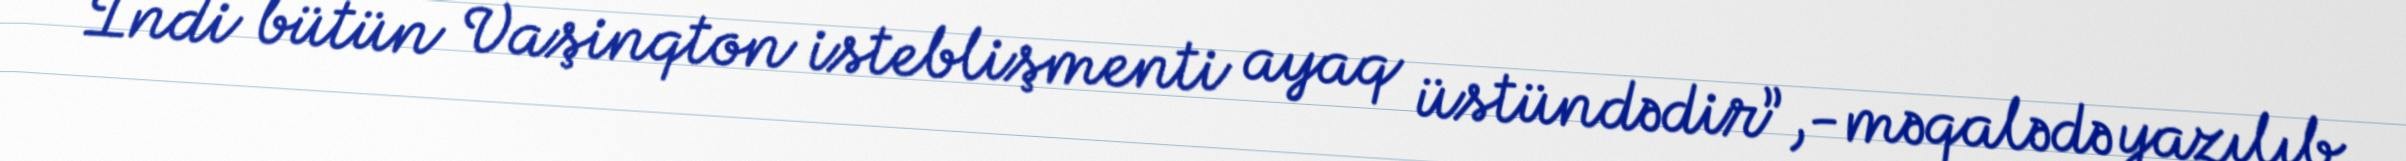
İndi bütün Vaşinqton isteblişmenti ayaq üstündədir”,-məqalədə yazılıb.